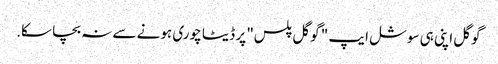
گوگل اپنی ہی سوشل ایپ " گوگل پلس" پر ڈیٹا چوری ہونے سے نہ بچا سکا.